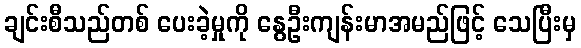
ချင်းစီသည်တစ် ပေးခဲ့မှုကို နွေဦးကျန်းမာအမည်ဖြင့် သေပြီးမှ